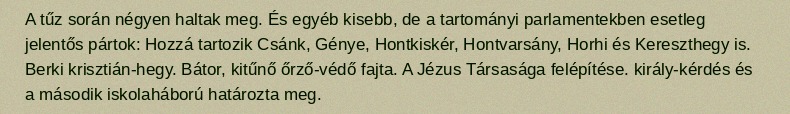
A tűz során négyen haltak meg. És egyéb kisebb, de a tartományi parlamentekben esetleg jelentős pártok: Hozzá tartozik Csánk, Génye, Hontkiskér, Hontvarsány, Horhi és Kereszthegy is. Berki krisztián-hegy. Bátor, kitűnő őrző-védő fajta. A Jézus Társasága felépítése. király-kérdés és a második iskolaháború határozta meg.